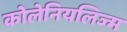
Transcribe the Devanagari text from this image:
कोलेनियलिज्म